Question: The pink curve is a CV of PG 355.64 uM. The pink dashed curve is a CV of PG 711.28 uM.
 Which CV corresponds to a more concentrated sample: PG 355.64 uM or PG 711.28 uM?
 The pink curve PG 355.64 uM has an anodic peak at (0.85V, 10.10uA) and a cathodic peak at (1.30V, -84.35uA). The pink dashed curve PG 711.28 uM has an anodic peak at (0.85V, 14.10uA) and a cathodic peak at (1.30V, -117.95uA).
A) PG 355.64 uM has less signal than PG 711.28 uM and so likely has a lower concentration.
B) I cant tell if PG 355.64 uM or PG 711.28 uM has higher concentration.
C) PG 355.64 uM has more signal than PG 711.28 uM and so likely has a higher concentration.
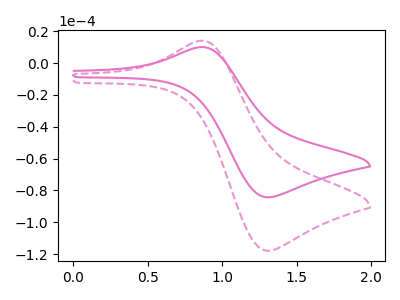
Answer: <think>All the peaks in "PG 355.64 uM" have a peak in "PG 711.28 uM" at the same potential. Every peak in "PG 355.64 uM" is lower than every peak in "PG 711.28 uM".
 </think>
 <answer>A) "PG 355.64 uM" has less signal than "PG 711.28 uM" and so likely has a lower concentration.</answer>
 <eval>A</eval>